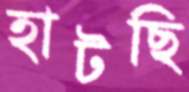
হাটছি